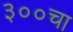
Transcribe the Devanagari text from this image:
३००चा